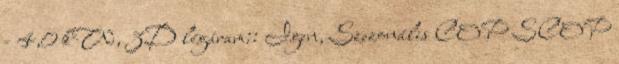
- 4,0 kW, 3D légáram:: Igen, Szezonális COP SCOP